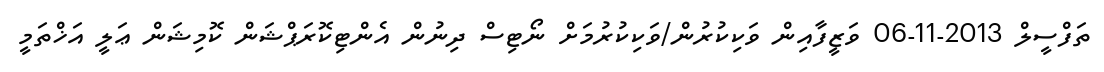
ތަފްސީލް 2013-11-06 ވަޒީފާއިން ވަކިކުރުން/ވަކިކުރުމަށް ނޯޓިސް ދިނުން އެންޓިކޮރަޕްޝަން ކޮމިޝަން ޢަލީ އަޚްތަމީ